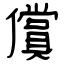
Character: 償